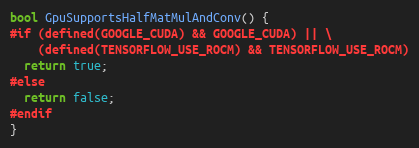
Language: C++
bool GpuSupportsHalfMatMulAndConv() {
#if (defined(GOOGLE_CUDA) && GOOGLE_CUDA) || \
    (defined(TENSORFLOW_USE_ROCM) && TENSORFLOW_USE_ROCM)
  return true;
#else
  return false;
#endif
}